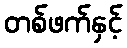
တစ်ဖက်နှင့်